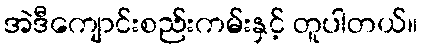
အဲဒီကျောင်းစည်းကမ်းနှင့် တူပါတယ်။